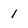
Character: 1